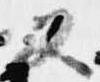
又